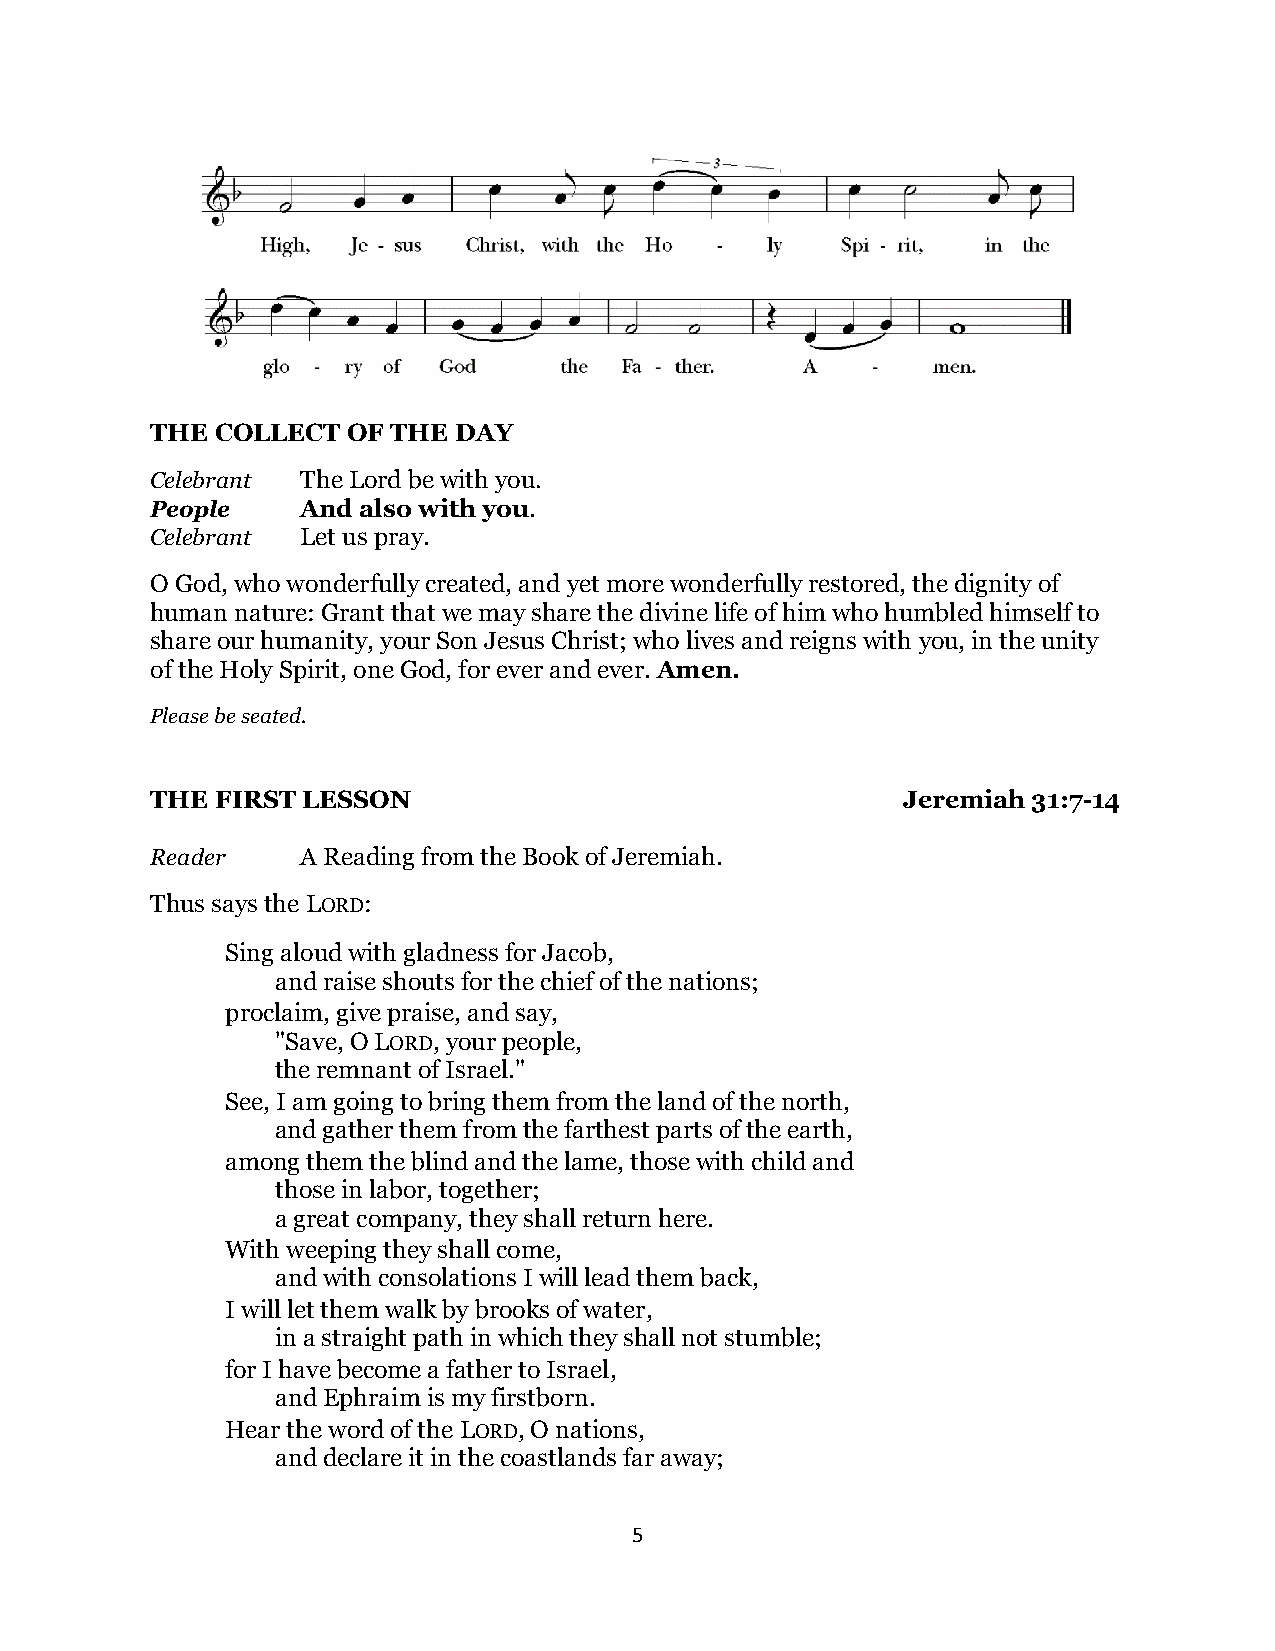
THE COLLECT  OF THE DAY
 Celebrant The Lord be with you.
 People    And also with you.
 Celebrant Let us pray.
 O God, who wonderfully created, and yet more wonderfully restored, the dignity of
 human nature: Grant that we may share the divine life of him who humbled himself to
 share our humanity, your Son Jesus Christ; who lives and reigns with you, in the unity
 of the Holy Spirit, one God, for ever and ever. Amen.
 Please be seated.
 THE FIRST LESSON                                  Jeremiah 31:7-14
 Reader    A Reading from the Book of Jeremiah.
 Thus says the LORD:
 Sing aloud with gladness for Jacob,
 and raise shouts for the chief of the nations;
 proclaim, give praise, and say,
 "Save, O LORD, your people,
 the remnant of Israel."
 See, I am going to bring them from the land of the north,
 and gather them from the farthest parts of the earth,
 among them the blind and the lame, those with child and
 those in labor, together;
 a great company, they shall return here.
 With weeping they shall come,
 and with consolations I will lead them back,
 I will let them walk by brooks of water,
 in a straight path in which they shall not stumble;
 for I have become a father to Israel,
 and Ephraim is my firstborn.
 Hear the word of the LORD, O nations,
 and declare it in the coastlands far away;
 5